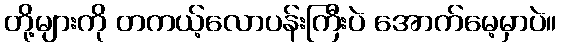
တို့များကို တကယ့်လောပန်းကြီးပဲ အောက်မေ့မှာပဲ။